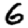
Digit: 6